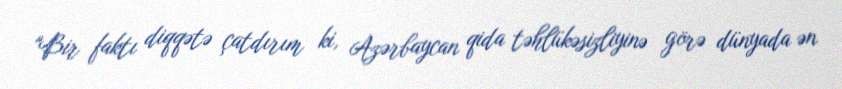
"Bir faktı diqqətə çatdırım ki, Azərbaycan qida təhlükəsizliyinə görə dünyada ən